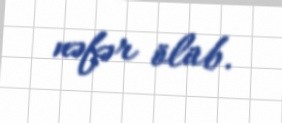
nəfər ölüb.